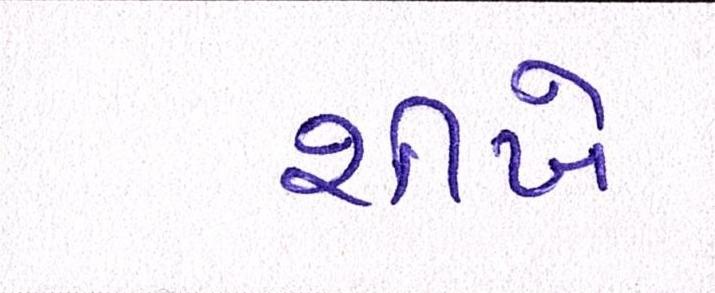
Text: શીખે